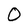
Character: O